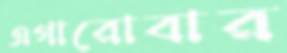
এগারোবার